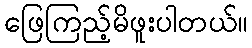
ဖြေကြည့်မိဖူးပါတယ်။